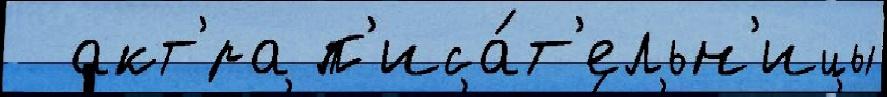
  акт'́ра п'иса́т'ельн'ицы